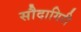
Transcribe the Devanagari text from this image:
सौदागिरी